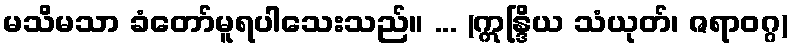
မသိမသာ ခံတော်မူရပါသေးသည်။ ... (ဣန္ဒြိယ သံယုတ်၊ ဇရာဝဂ္ဂ)